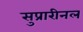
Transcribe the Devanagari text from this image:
सुप्रारीनल